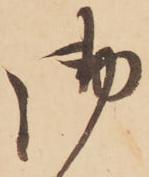
御